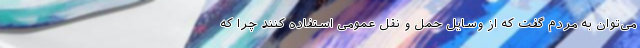
می‌توان به مردم گفت که از وسایل حمل و نقل عمومی استفاده کنند چرا که